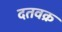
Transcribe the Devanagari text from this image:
दतवक्र